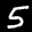
Label: 5